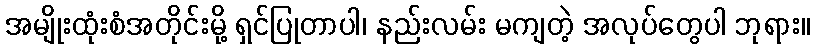
အမျိုးထုံးစံအတိုင်းမို့ ရှင်ပြုတာပါ၊ နည်းလမ်း မကျတဲ့ အလုပ်တွေပါ ဘုရား။